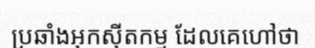
ប្រឆាំងអុកស៊ីតកម្ម ដែលគេហៅថា